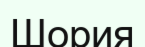
Шория